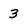
Character: 3